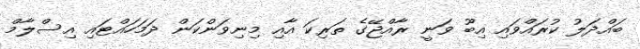
ބައްދަލު ކުރައްވައި އިބޫ ވަނީ ރާއްޖޭގެ ތަރިކަ އާއި މިނިވަންކަން ދަމަހައްޓައި އިސްލާމް